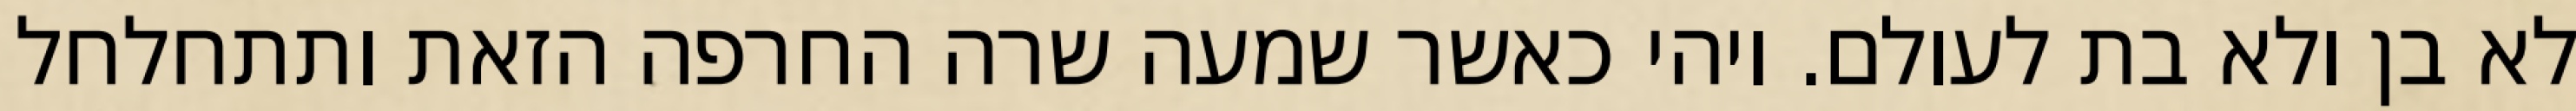
לא בן ולא בת לעולם. ויהי כאשר שמעה שרה החרפה הזאת ותתחלחל